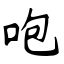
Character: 咆